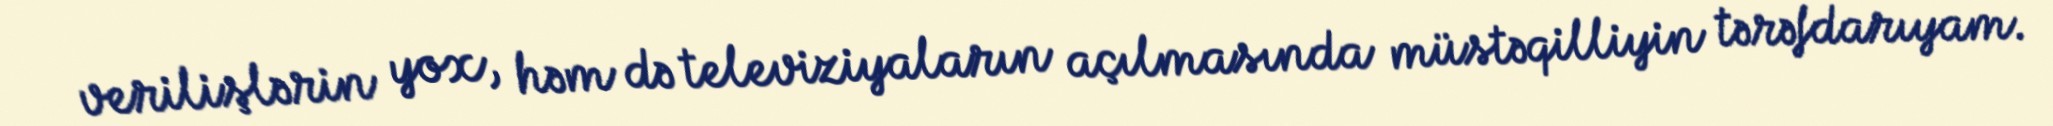
verilişlərin yox, həm də televiziyaların açılmasında müstəqilliyin tərəfdarıyam.